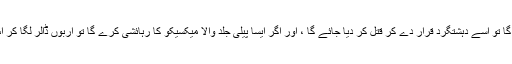
گورے کی برتری کو اگر مسلمان چیلنج کرے گا تو اسے دہشتگرد قرار دے کر قتل کر دیا جائے گا ، اور اگر ایسا پیلی جلد والا میکسیکو کا رہائشی کرے گا تو اربوں ڈالر لگا کر اس کے سامنے دیوار کھڑی کر دی جائے گی۔